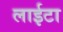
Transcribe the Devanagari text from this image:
लाईटा